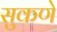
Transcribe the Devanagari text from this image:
सुकणे